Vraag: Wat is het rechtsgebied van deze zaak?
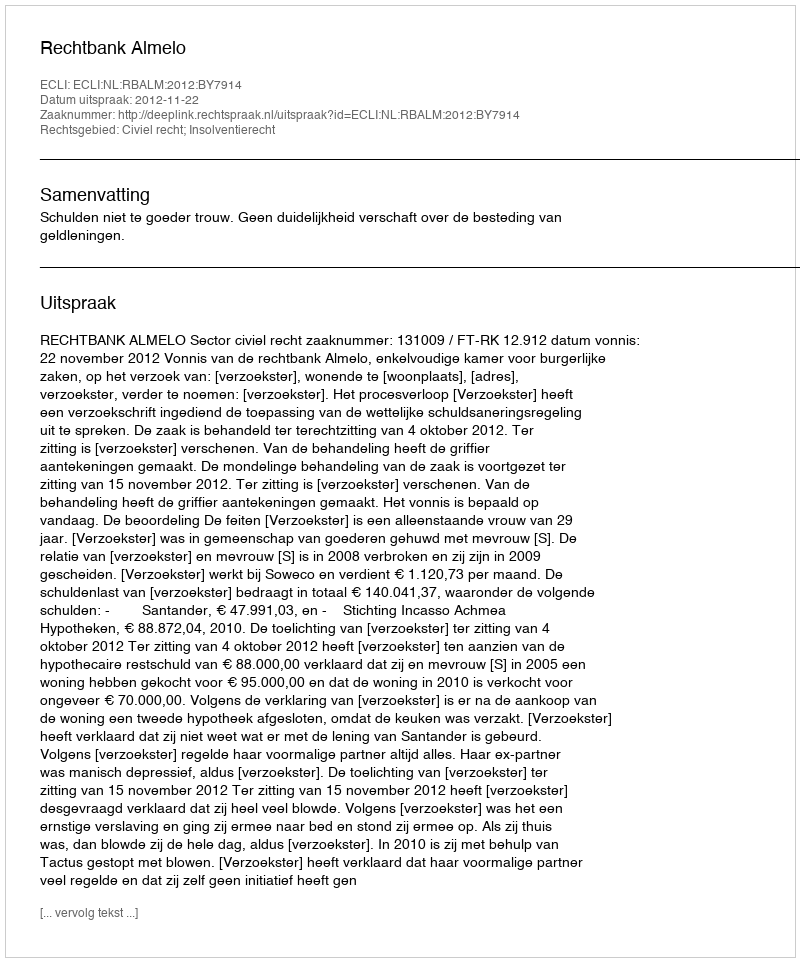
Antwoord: Civiel recht; Insolventierecht